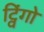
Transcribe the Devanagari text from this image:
ट्विंगो